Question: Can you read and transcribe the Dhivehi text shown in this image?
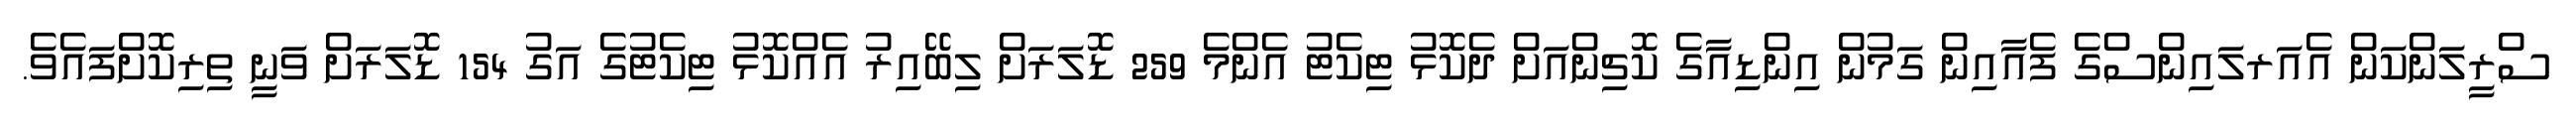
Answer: ސްރީލަންކަން އެއަރލައިންސްގެ ފެއާއިން ގަމުން އިންޑިއާގެ ކޮޗިންއަށް ދެކޮޅު ޓިކެޓު އެންމެ 259 ޑޮލަރަށް ލިބޭއިރު އެއްކޮޅު ޓިކެޓުގެ އަގު 154 ޑޮލަރަށް ވަނީ ތިރިކޮށްފައެވެ.